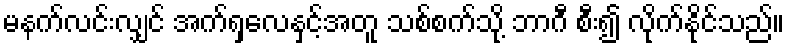
မနက်လင်းလျှင် အက်ရှလေနှင့်အတူ သစ်စက်သို့ ဘာဂီ စီး၍ လိုက်နိုင်သည်။